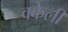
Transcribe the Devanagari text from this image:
वकेली